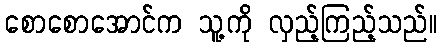
စောစောအောင်က သူ့ကို လှည့်ကြည့်သည်။